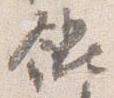
餛